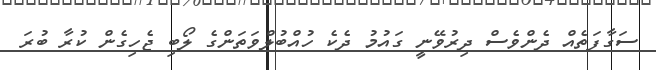
ސަގާފަތެއް ދެންވެސް ދިރުވޭނީ ގައުމު ދެކެ ހުއްބުލްވަތަންގެ ލޯބި ޖެހިގެން ކުރާ ބުރަ